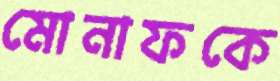
মোনাফকে